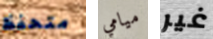
متحفظ ميامي غير